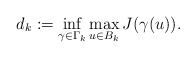
\begin{align*}d_{k}:=\inf_{\gamma\in \Gamma_{k}}\max_{u\in B_{k}} J(\gamma (u)).\end{align*}